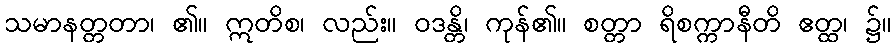
သမာနတ္တတာ၊ ၏။ ဣတိစ၊ လည်း။ ဝဒန္တိ၊ ကုန်၏။ စတ္တာ ရိစက္ကာနီတိ ဧတ္ထ၊ ၌။